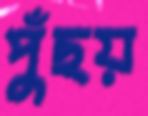
পুঁছয়